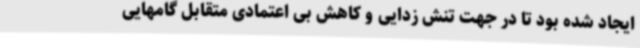
ایجاد شده بود تا در جهت تنش زدایی و کاهش بی اعتمادی متقابل گامهایی